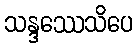
သန္ဒဿေသိပေ